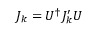
J _ { k } = U ^ { \dagger } J _ { k } ^ { \prime } U